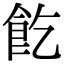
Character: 䬣